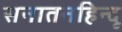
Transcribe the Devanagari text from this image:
सनातनहिन्दू